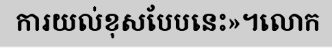
ការយល់ខុសបែបនេះ»។លោក